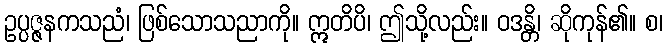
ဥပ္ပဇ္ဇနကသညံ၊ ဖြစ်သောသညာကို။ ဣတိပိ၊ ဤသို့လည်း။ ဝဒန္တိ၊ ဆိုကုန်၏။ စ၊